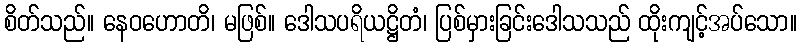
စိတ်သည်။ နေဝဟောတိ၊ မဖြစ်။ ဒေါသပရိယဋ္ဌိတံ၊ ပြစ်မှားခြင်းဒေါသသည် ထိုးကျင့်အပ်သော။